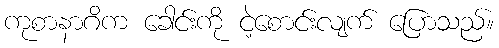
ကုစာနာဂိက ခေါင်းကို ငဲ့စောင်းလျက် ပြောသည်။